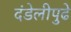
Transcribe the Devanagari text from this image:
दंडेलीपुढे